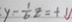
y - \frac { 1 } { 6 } z = + 1